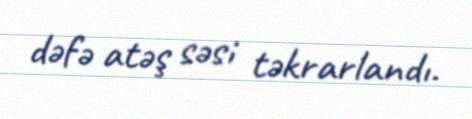
dəfə atəş səsi təkrarlandı.